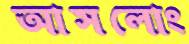
আসলোং